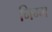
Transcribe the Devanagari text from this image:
निम्‍म